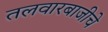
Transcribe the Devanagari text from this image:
तलवारबाजीचे